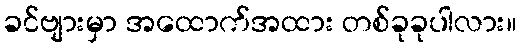
ခင်ဗျားမှာ အထောက်အထား တစ်ခုခုပါလား။